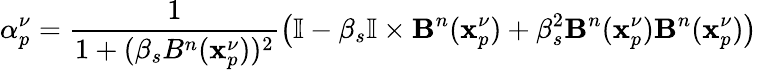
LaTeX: {\alpha}_{p}^{\nu}=\frac{1}{1+(\beta_{s}B^{n}(\mathbf{x}_{p}^{\nu}))^{2}}\left(\mathbb{I}-\beta_{s}\mathbb{I}\times\mathbf{B}^{n}(\mathbf{x}_{p}^{\nu})+\beta_{s}^{2}\mathbf{B}^{n}(\mathbf{x}_{p}^{\nu})\mathbf{B}^{n}(\mathbf{x}_{p}^{\nu})\right)